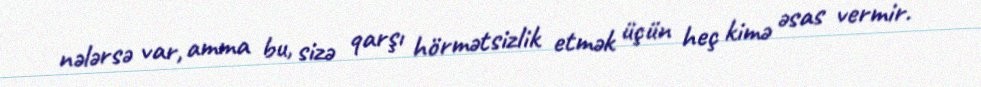
nələrsə var, amma bu, sizə qarşı hörmətsizlik etmək üçün heç kimə əsas vermir.